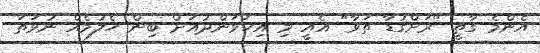
އެންމެ ގާތީ "ރަށްގުޑާ ތަވާ" އެއީ މި އިހަވަންދުއަށް ބިން ހެލުމެއް ނުވަތަ